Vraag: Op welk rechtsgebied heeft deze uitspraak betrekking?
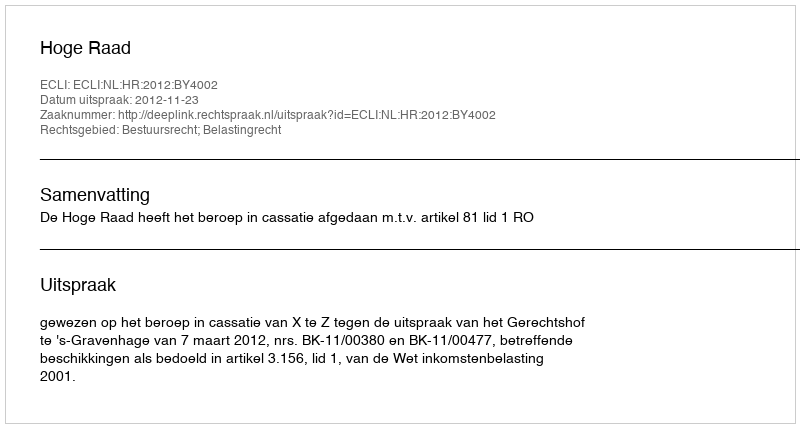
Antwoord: Bestuursrecht; Belastingrecht